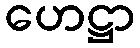
ဟေဋ္ဌာ